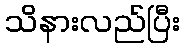
သိနားလည်ပြီး